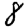
Digit: 8